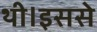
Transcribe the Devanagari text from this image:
थी।इससे